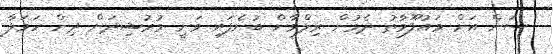
ސަން އަށް މައުލޫމާތު ދެމުން ރިލްވާން ބުނެފައި ވަނީ މުރުޝިދަށް ދިން ހަމަލާ